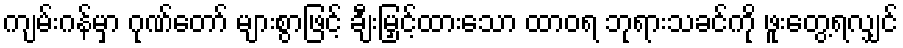
ကျမ်းဂန်မှာ ဂုဏ်တော် များစွာဖြင့် ချီးမြှင့်ထားသော ထာဝရ ဘုရားသခင်ကို ဖူးတွေ့ရလျှင်